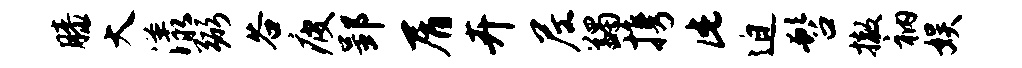
膝大漾弼谷疲郢屑卉尼蠲携此迫髫撤衲娱